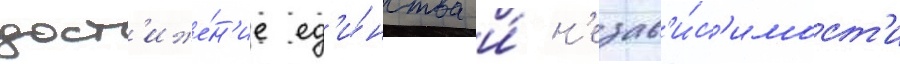
дост'иже́н'ие ед'и́нства и́ н'езав'и́с'имост'и